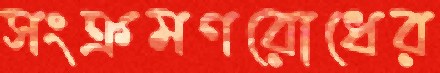
সংক্রমণরোধের